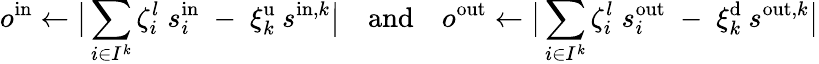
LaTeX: o^{\mathrm{in}}\gets\big\lvert\sum_{i\in I^{k}}\zeta_{i}^{l}\; s_{i}^{\mathrm{in}}\; -\; \xi_{k}^{\mathrm{u}}\: s^{\mathrm{in},k}\big\rvert\quad\mathrm{and}\quad o^{\mathrm{out}}\gets\big\lvert\sum_{i\in I^{k}}\zeta_{i}^{l}\; s_{i}^{\mathrm{out}}\; -\; \xi_{k}^{\mathrm{d}}\: s^{\mathrm{out},k}\big\rvert